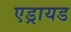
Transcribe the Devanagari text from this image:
एड्रायड